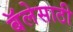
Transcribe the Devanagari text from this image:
बॅलेसाठी